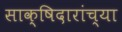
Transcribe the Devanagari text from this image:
साक्षिदारांच्या